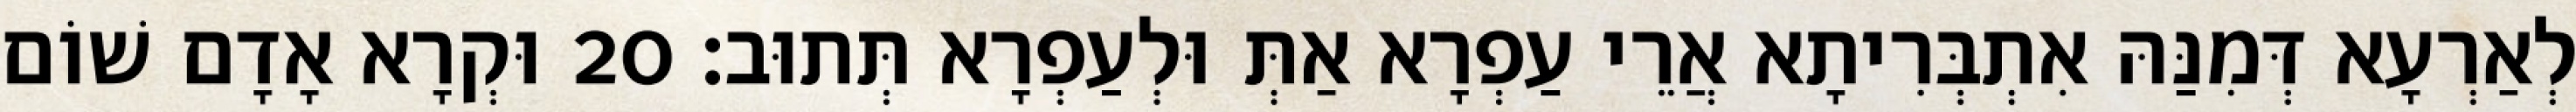
לְאַרְעָא דְּמִנַּהּ אִתְבְּרִיתָא אֲרֵי עַפְרָא אַתְּ וּלְעַפְרָא תְּתוּב׃ 20 וּקְרָא אָדָם שׁוֹם